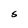
Character: S